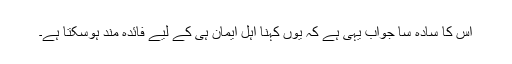
اس کا سادہ سا جواب یہی ہے کہ یوں کہنا اہل ایمان ہی کے لیے فائدہ مند ہوسکتا ہے۔